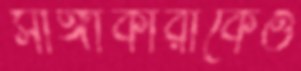
সাঙ্গাকারাকেও